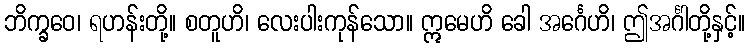
ဘိက္ခဝေ၊ ရဟန်းတို့။ စတူဟိ၊ လေးပါးကုန်သော။ ဣမေဟိ ခေါ အင်္ဂေဟိ၊ ဤအင်္ဂါတို့နှင့်။